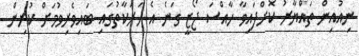
ނިއުއިން ތައްޔާރު ކޮށްފައިވާ ހާއްސަ ޖޯޒީ ގަނެ އެ ހަރަކާތުގައި ބައިވެރިވުމަށް ކުރިން